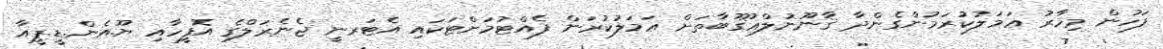
ފަހުން މިހާރު ޢަމަލުކުރަމުންގެންދާ ޤާނޫނުލްޢުޤޫބާތަށް ޢަމަލުކުރަން ފެއްޓުމަށްޓަކައި އެޓަރނީ ޖެނެރަލްގެ އޮފީހާއި ޔޫ.އެން.ޑީ.ޕީއާ